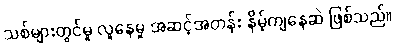
သစ်များတွင်မူ လူနေမှု အဆင့်အတန်း နိမ့်ကျနေဆဲ ဖြစ်သည်။